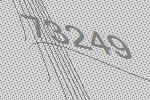
73249